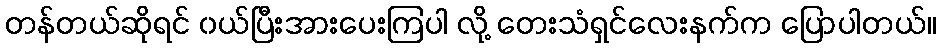
တန်တယ်ဆိုရင် ၀ယ်ပြီးအားပေးကြပါ လို့ တေးသံရှင်လေးနက်က ပြောပါတယ်။